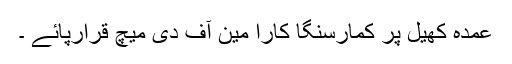
عمدہ کھیل پر کمارسنگا کارا مین آف دی میچ قرارپائے ۔